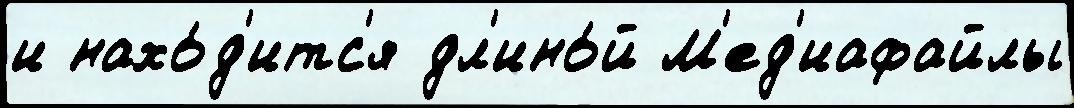
и нахо́д'итс'я дл'ино́й М'ед'иафайлы